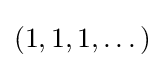
(1,1,1,\dots )